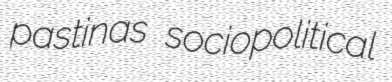
pastinas sociopolitical